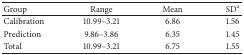
<table><thead><tr><td><b>Group</b></td><td><b>Range</b></td><td><b>Mean</b></td><td><b>SD<sup>a</sup></b></td></tr></thead><tbody><tr><td>Calibration</td><td>10.99–3.21</td><td>6.86</td><td>1.56</td></tr><tr><td>Prediction</td><td>9.86–3.86</td><td>6.35</td><td>1.45</td></tr><tr><td>Total</td><td>10.99–3.21</td><td>6.75</td><td>1.55</td></tr></tbody></table>